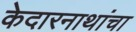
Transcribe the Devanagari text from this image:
केदारनाथांचा